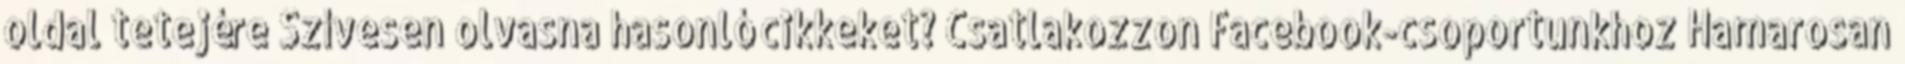
oldal tetejére Szívesen olvasna hasonló cikkeket? Csatlakozzon Facebook-csoportunkhoz Hamarosan